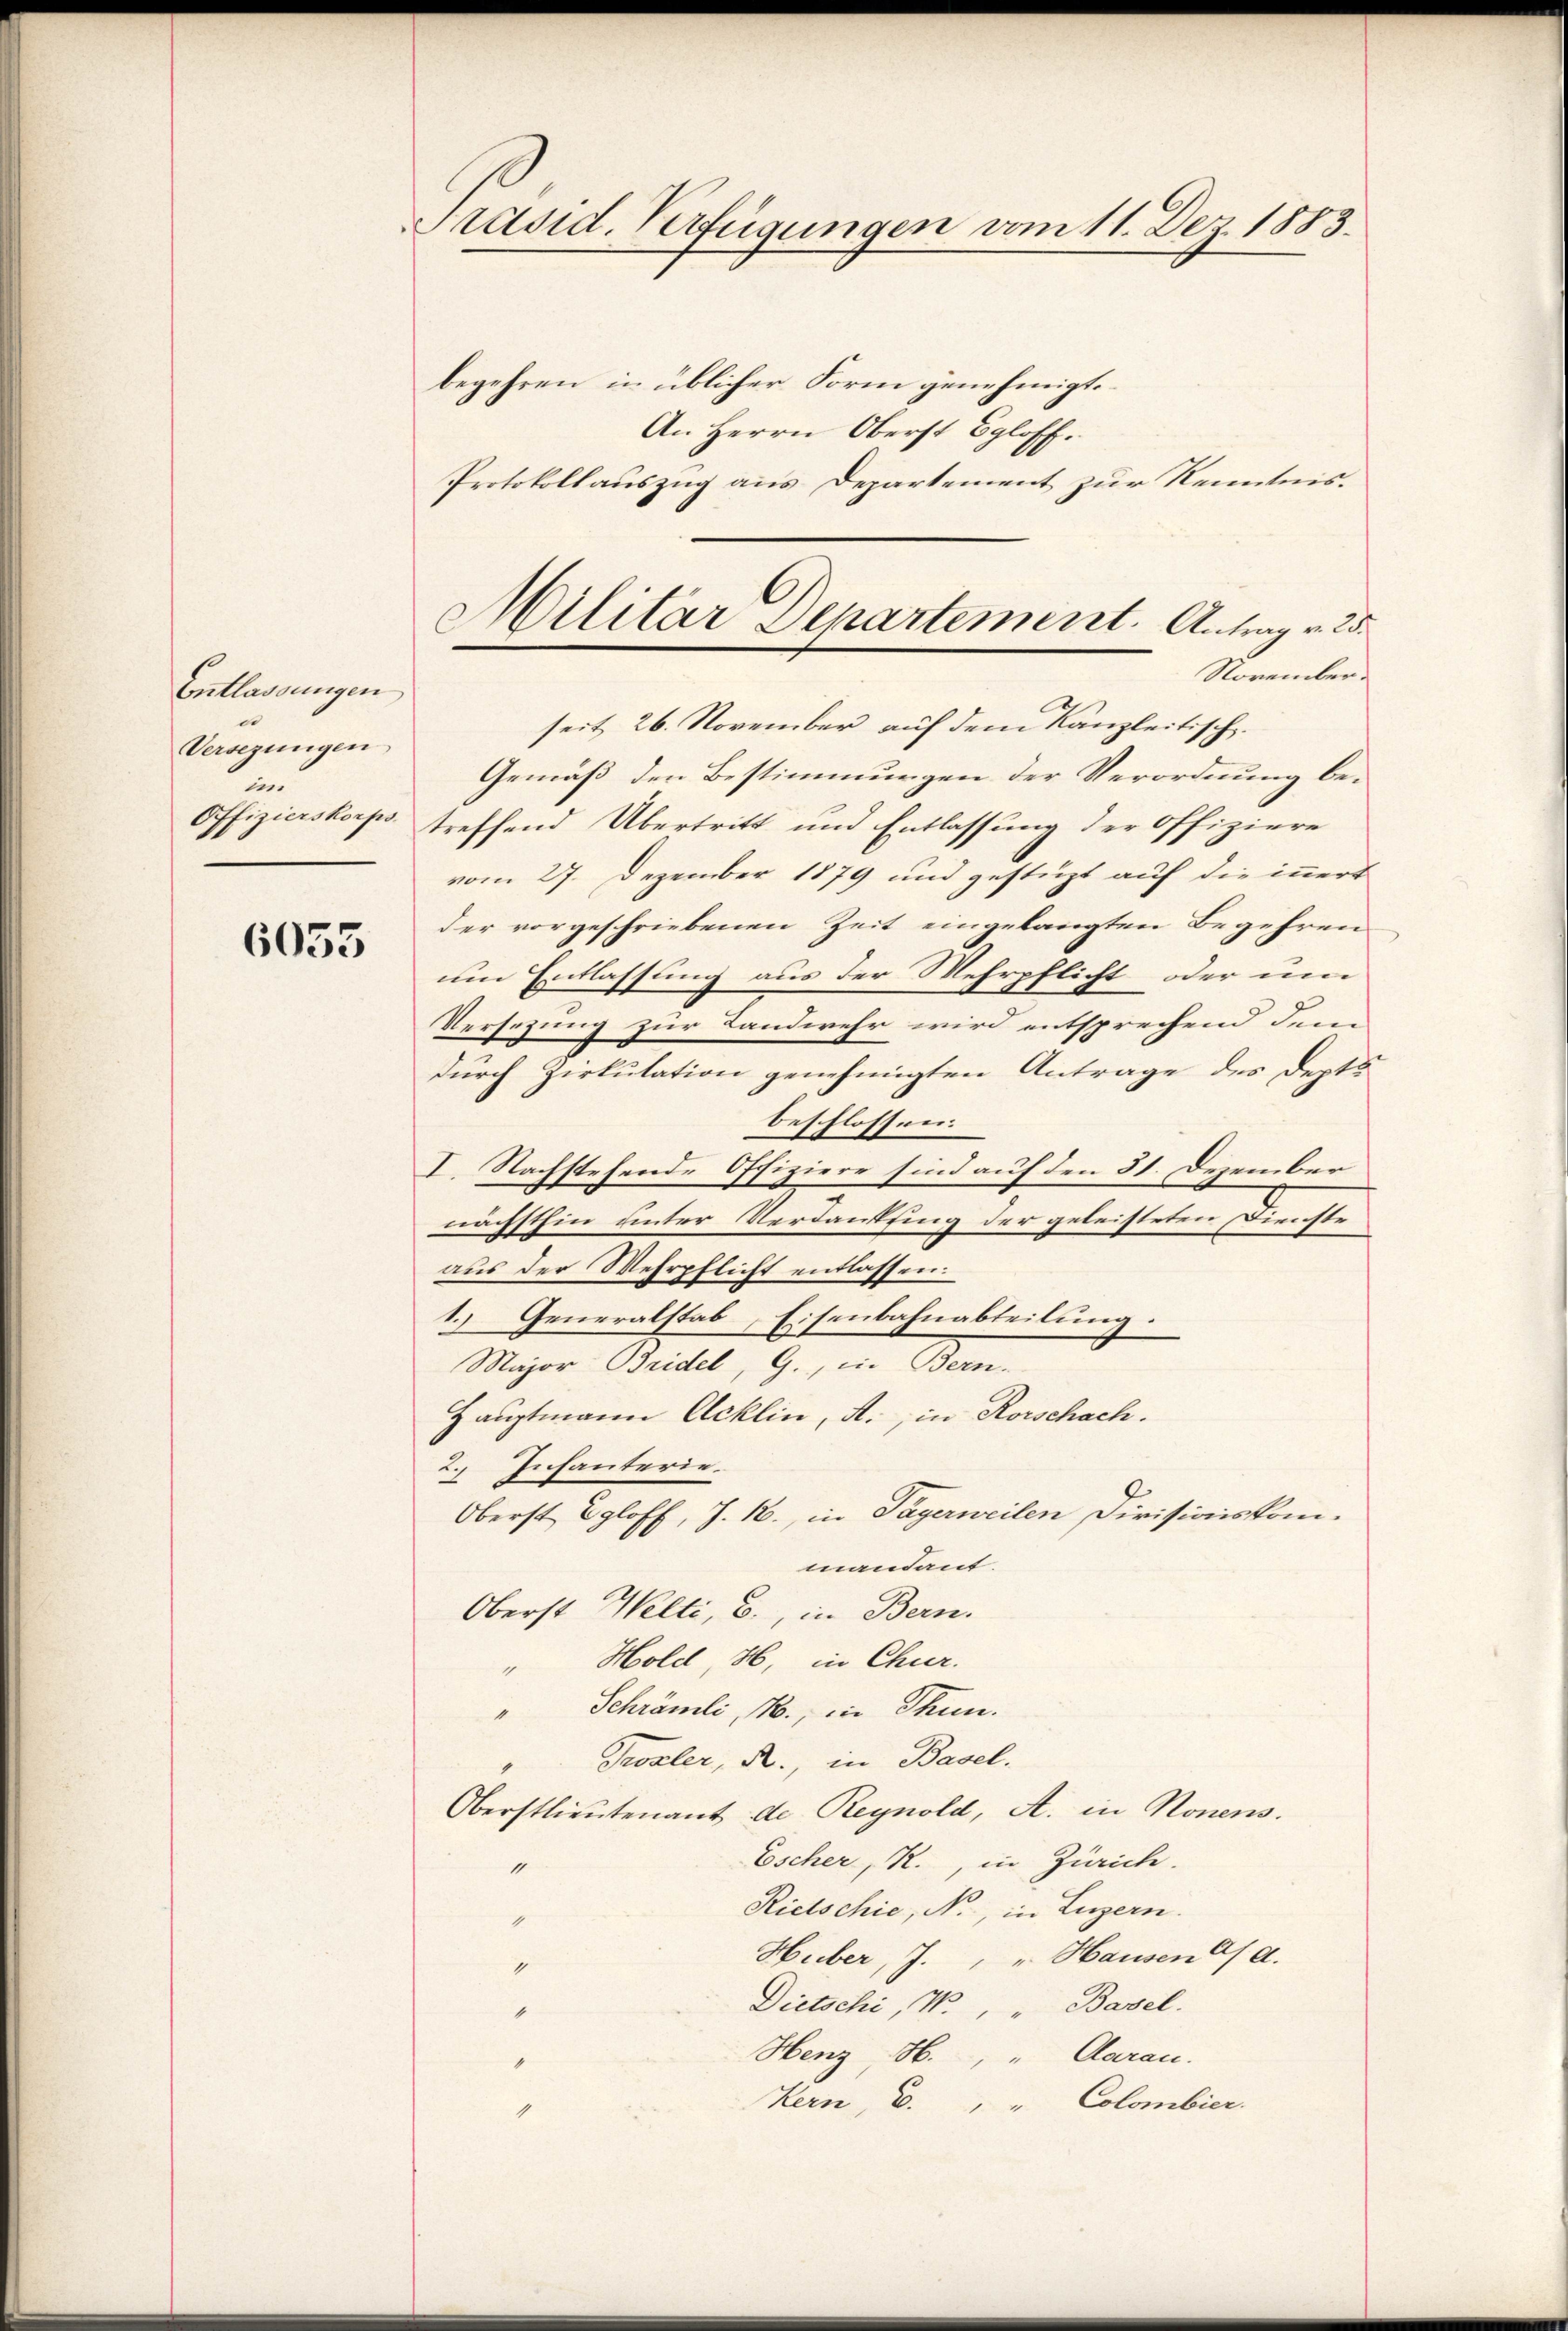
Entlassungen
u
Versezungen
in
Offizierskorps.

6053

Präsid. Verfügungen vom 11. Dez. 1883.
begehren in üblicher Form genehmigt.
An Herrn Oberst Egloff.

Protokollauszug aus Departement zur Kenntnis.

Militar Departement. Antrag v. 25.
November¬

seit 26. November auf dem Kanzleitisch.
Gemäß den Bestimmungen der Verordnung betreffend Übertritt und Entlassung der Offiziere
vom 27. Dezember 1879 und gestüzt auf die innert
der vorgeschriebenen Zeit eingelangten Begehren
um Entlassung aus der Mehrpflicht oder um
Versezung zur Landwehr wird entsprechend dem
durch Zirkulation genehmigten Antrage des Depts
beschlossen:
I. Nachstehende Offiziere sind auf den 31. Dezember
nächsthin unter Verdankung der geleisteten Dienste
aus der Wehrpflicht entlassen.
1.) Generalstab Eisenbahnabteilung.
Major Bridel, G., in Bern.
Hauptmann Acklin, A., in Rorschach.
2. Infanterie-
Oberst Egloff, J. 1., in Tägerweilen Divisionskommandant.
Oberst Welti, u., in Bern.
Hold, H6, in Chur.
4
" Schrämli, M., in Thun.
Trozler, R., in Basel.
Oberstlieutenant de Reynold, A. in Nonens.
Escher, R., in Zürich.
“
Rietschie, N., in Luzern.
1
Huber, J. " " Hausen a/A.
g
Dietschi, W. " Basel.
1
Henz, H. " Carau
1
Kern, C. " " Colombier.
1